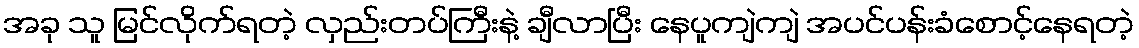
အခု သူ မြင်လိုက်ရတဲ့ လှည်းတပ်ကြီးနဲ့ ချီလာပြီး နေပူကျဲကျဲ အပင်ပန်းခံစောင့်နေရတဲ့